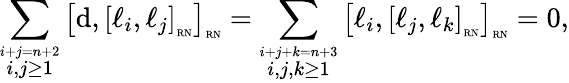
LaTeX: \sum_{\overset{i+j=n+2}{i,j\geq 1}}\left[\mathrm{d},\left[\ell_{i},\ell_{j}\right]_{\mathrm{\tiny{RN}}}\right]_{\mathrm{\tiny{RN}}}=\sum_{\overset{i+j+k=n+3}{i,j,k\geq 1}}\left[\ell_{i},\left[\ell_{j},\ell_{k}\right]_{\mathrm{\tiny{RN}}}\right]_{\mathrm{\tiny{RN}}}=0,